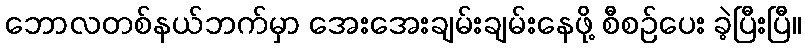
ဘောလတစ်နယ်ဘက်မှာ အေးအေးချမ်းချမ်းနေဖို့ စီစဉ်ပေး ခဲ့ပြီးပြီ။